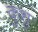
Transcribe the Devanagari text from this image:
कुशु